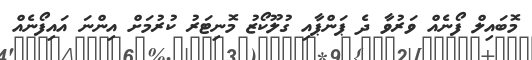
މޮބައިލް ފޯނެއް ވަރުވާ ދެ ޕަންޕާއި ގުލޫކޯޒު މޮނިޓަރު ކުރުމަށް އިންނަ އައިފޯނެއް